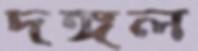
দঙ্গল